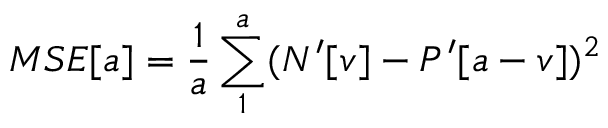
M S E [ a ] = \frac { 1 } { a } \sum _ { 1 } ^ { a } ( N ^ { \prime } [ v ] - P ^ { \prime } [ a - v ] ) ^ { 2 }